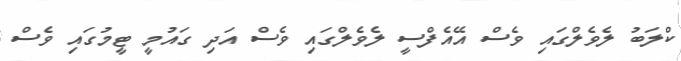
ކްލަބު ލެވެލްގައި ވެސް އޭއެފްސީ ލެވެލްގައި ވެސް އަދި ގައުމީ ޓީމުގައި ވެސް